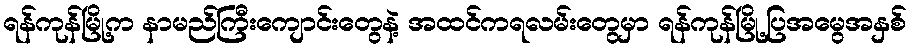
ရန်ကုန်မြို့က နာမည်ကြီးကျောင်းတွေနဲ့ အထင်ကရလမ်းတွေမှာ ရန်ကုန်မြို့ပြအမွေအနှစ်